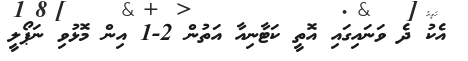
އެކު ދެ ވަނައިގައި އޮތީ ކަޓާނިއާ އަތުން 2-1 އިން މޮޅުވި ނަޕޯލީ